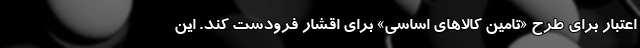
اعتبار برای طرحِ «تامین کالاهای اساسی» برای اقشار فرودست کند. این